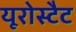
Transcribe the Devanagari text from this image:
यूरोस्टैट